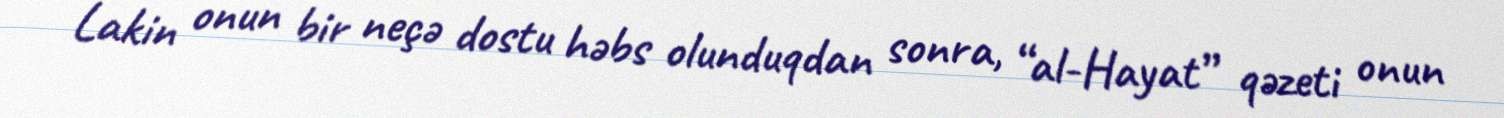
Lakin onun bir neçə dostu həbs olunduqdan sonra, “al-Hayat” qəzeti onun